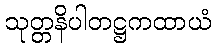
သုတ္တနိပါတဋ္ဌကထာယံ